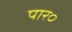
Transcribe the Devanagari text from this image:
पार०